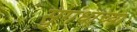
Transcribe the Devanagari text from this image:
सुगंधाच्या